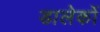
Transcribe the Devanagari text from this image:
डालेकों